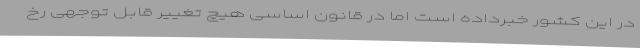
در این کشور خبرداده است اما در قانون اساسی هیچ تغییر قابل توجهی رخ